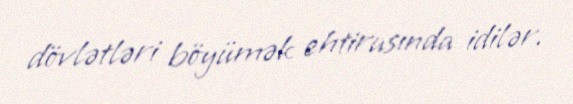
dövlətləri böyümək ehtirasında idilər.